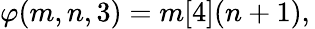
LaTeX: \varphi(m,n,3)=m[4](n+1),\,